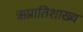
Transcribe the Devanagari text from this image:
ऋप्रातिशाख्य